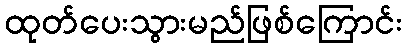
ထုတ်ပေးသွားမည်ဖြစ်ကြောင်း